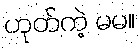
ဟုတ်ကဲ့ မမ။